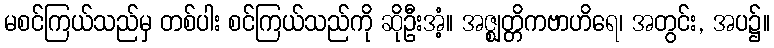
မစင်ကြယ်သည်မှ တစ်ပါး စင်ကြယ်သည်ကို ဆိုဦးအံ့။ အဇ္ဈတ္တိကဗာဟိရေ၊ အတွင်း, အပ၌။